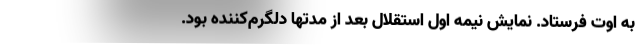
به اوت فرستاد. نمایش نیمه اول استقلال بعد از مدتها دلگرم‌کننده بود.